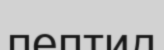
пептид